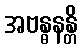
အဗန္ဓနန္တိ